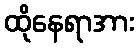
ထိုနေရာအား